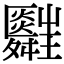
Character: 𦨄